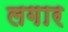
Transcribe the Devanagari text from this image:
लगार